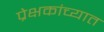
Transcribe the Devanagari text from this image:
प्रेक्षकांच्यात